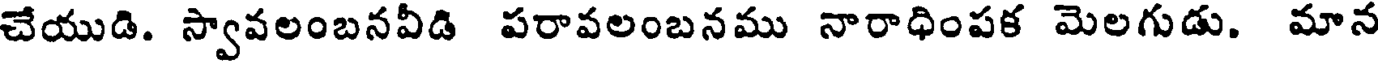
చేయుడి. స్వావలంబనవీడి పరావలంబనము నారాధింపక మెలగుడు. మాన